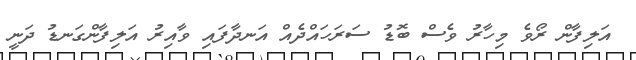
އަލިފާން ރޯވެ މިހާރު ވެސް ބޮޑު ސަރަހައްދެއް އަނދާފައި ވާއިރު އަލިފާންގަނޑު ދަނީ